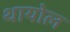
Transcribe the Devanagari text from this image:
थायोल